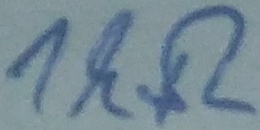
Text: 1kΩ